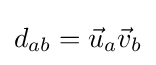
d_{ab}={\vec {u}}_{a}{\vec {v}}_{b}